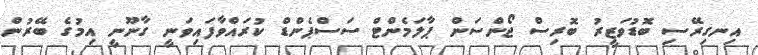
އިނގިރޭސި ބޮޑުވަޒީރު ބޮރިސް ޖޯންސަން ޕާލަމެންޓް ސަސްޕެންޑް ކުރައްވާފައިވަނީ ގާނޫނީ އިމުގެ ބޭރުން